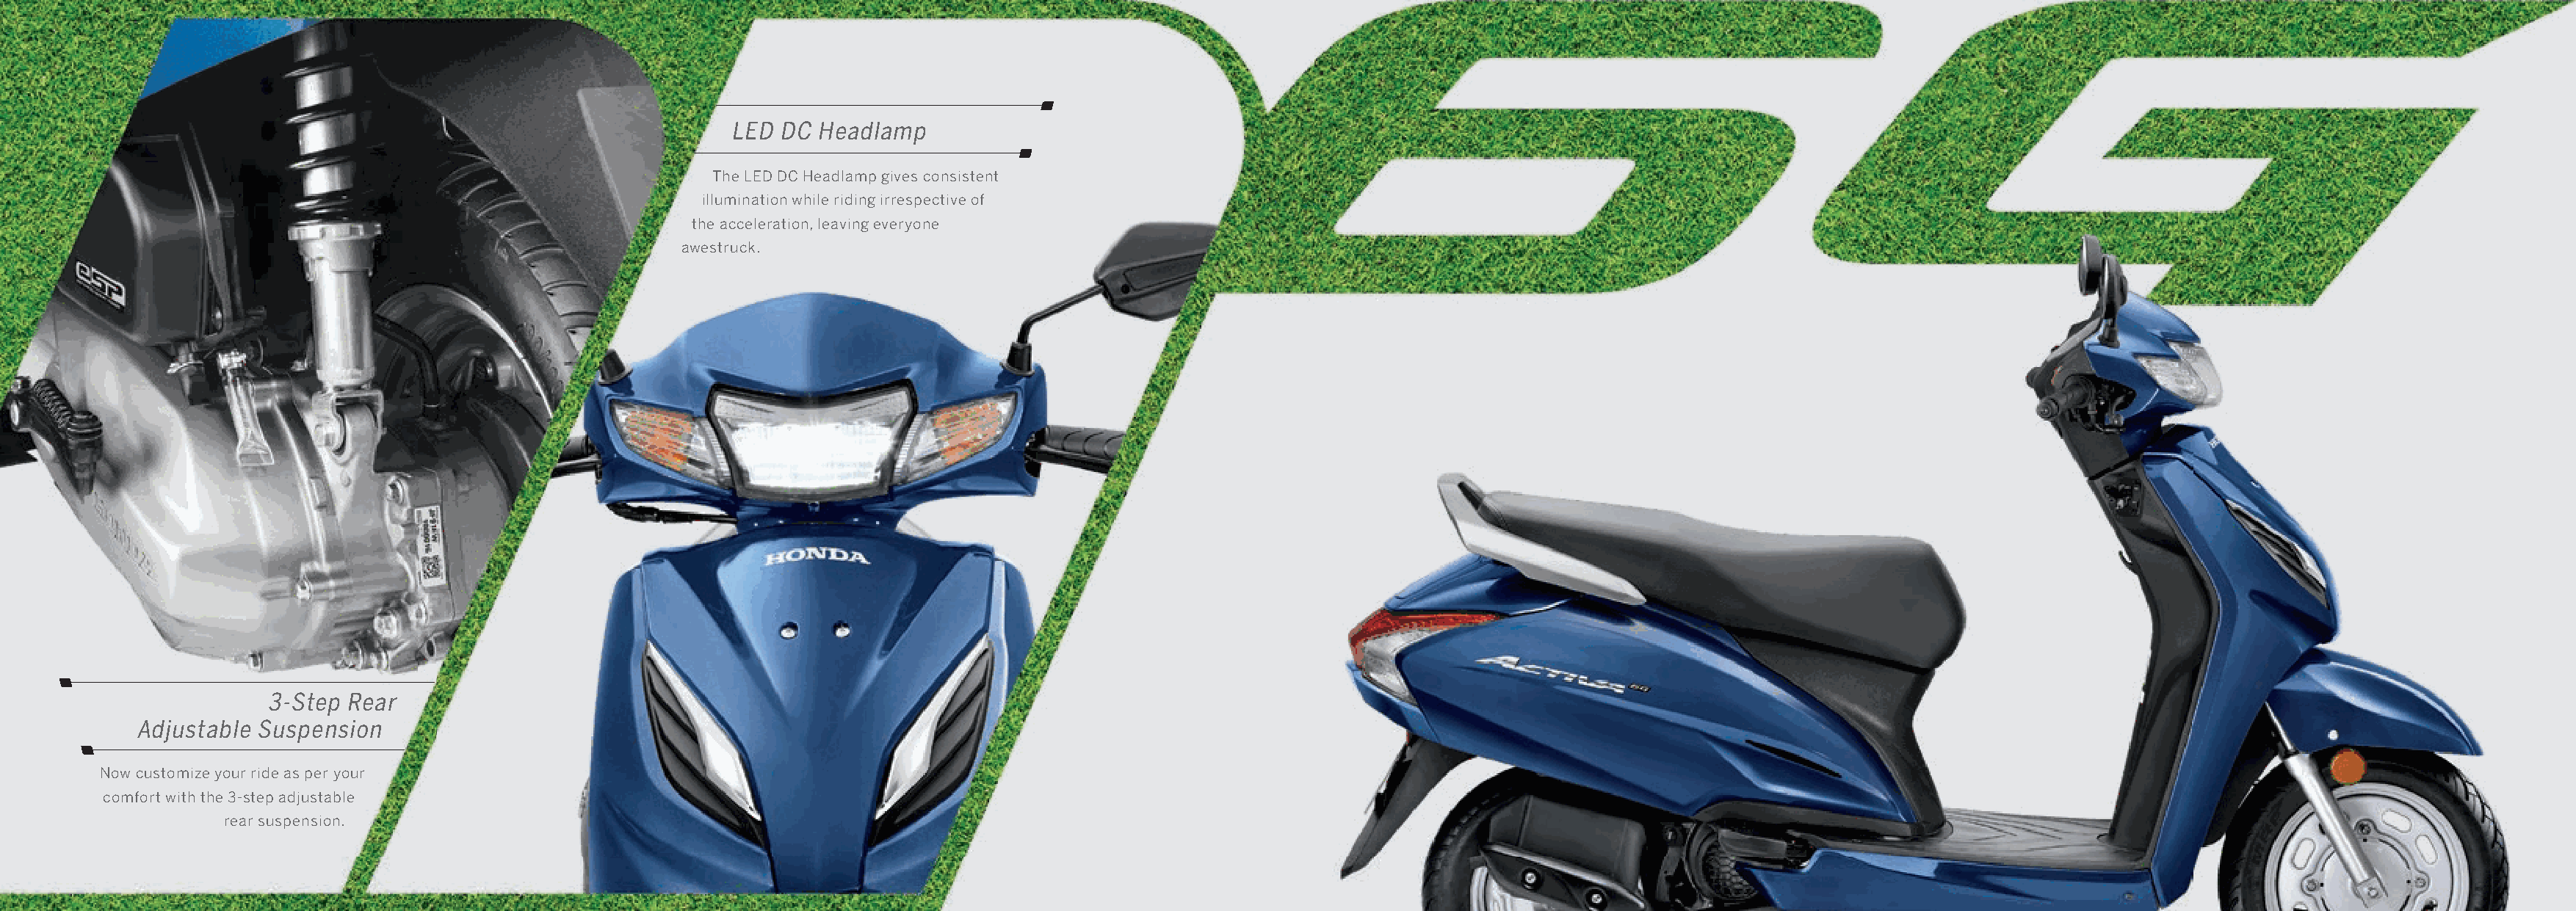
LED DC  Headlamp
 The LED DC Headlamp gives consistent
 illumination while riding irrespective of
 the acceleration, leaving everyone
 awestruck.
 3-Step Rear
 Adjustable Suspension
 Now customize your ride as per your
 comfort with the 3-step adjustable
 rear suspension.